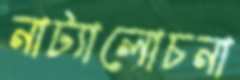
নাট্যালোচনা